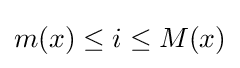
m(x)\leq i\leq M(x)